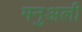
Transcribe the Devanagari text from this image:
मनुअली